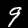
Digit: 9